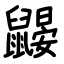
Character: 鼹